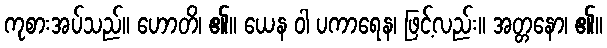
ကုစားအပ်သည်။ ဟောတိ၊ ၏။ ယေန ဝါ ပကာရေန၊ ဖြင့်လည်း။ အတ္တနော၊ ၏။